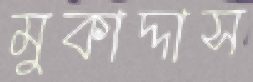
মুকাদ্দাস